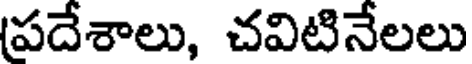
పదేశాలు, చవిటినేలలు